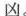
凶。